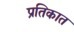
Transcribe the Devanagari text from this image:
प्रतिकात